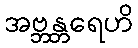
အဗ္ဘန္တရေဟိ